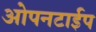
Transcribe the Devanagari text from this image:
ओपनटाईप